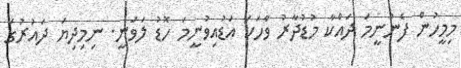
މިމީހުން ފެނުނީމަ ދައްކާ މުޑުދާރު ވާހަކަ އަޑުއިވުނީމަ ހޮޑު ލަވަނީ. ނިމިދިޔަ ދައުރުގަ